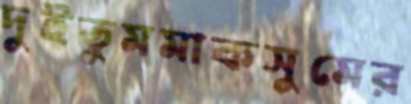
দুইতুমমাকসুমের